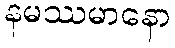
နမဿမာနော